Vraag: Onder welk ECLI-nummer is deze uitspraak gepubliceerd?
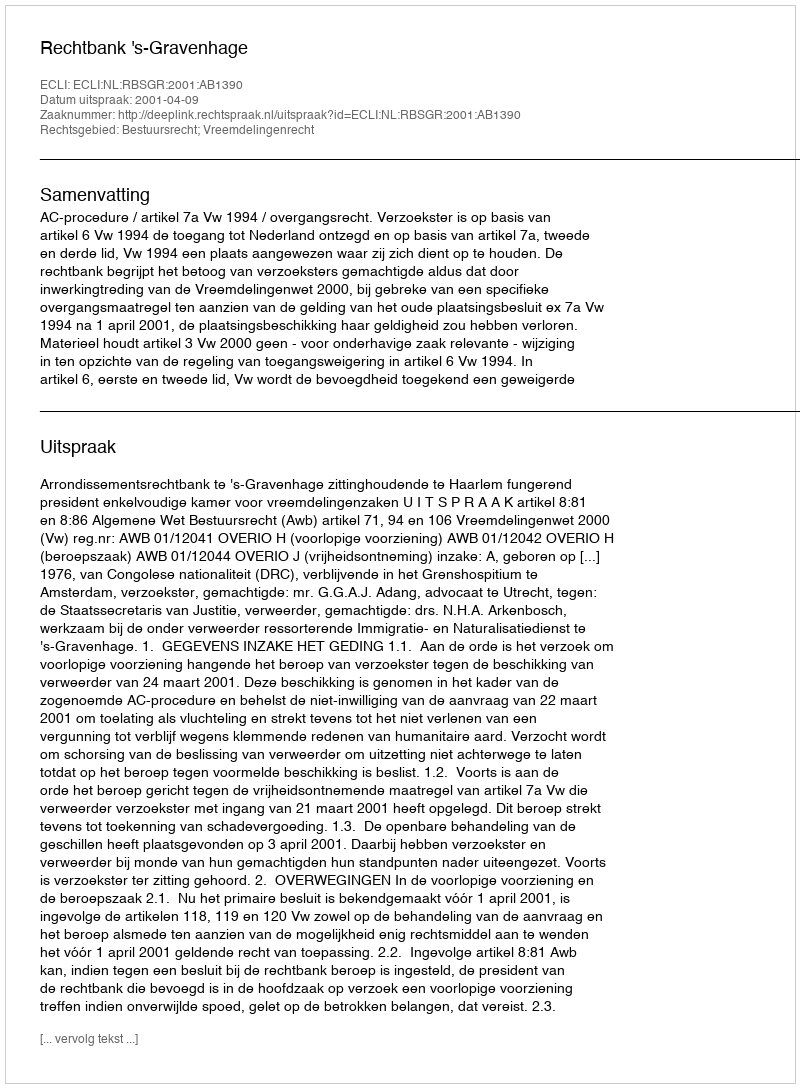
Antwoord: ECLI:NL:RBSGR:2001:AB1390